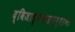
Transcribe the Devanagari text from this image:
द्विजाङ्गनासमुद्धरण।